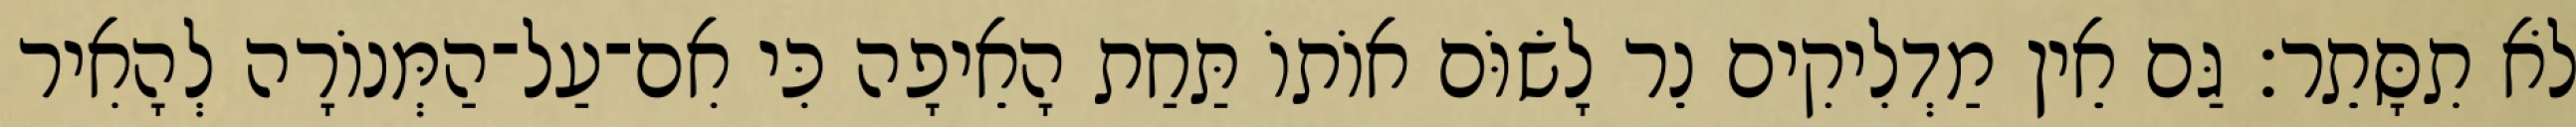
לֹא תִסָּתֵר׃ גַּם אֵין מַדְלִיקִים נֵר לָשׂוֹּם אוֹתוֹ תַּחַת הָאֵיפָה כִּי אִם־עַל־הַמְּנוֹרָה לְהָאִיר